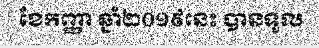
ខែកញ្ញា ឆ្នាំ២០១៩នេះ បានទួល